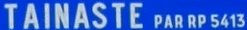
TAINASTE PAR RP 541